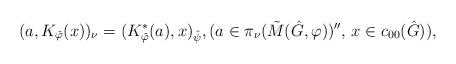
LaTeX: \begin{align*}(a,K_{\check\varphi}(x))_\nu = (K_{\check\varphi}^*(a),x)_{\hat\psi}, (a\in\pi_\nu(\tilde M(\hat G,\varphi))'',\, x\in c_{00}(\hat G)),\end{align*}